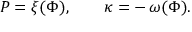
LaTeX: P = \xi ( \Phi ) , \qquad \kappa = - \, \omega ( \Phi ) .